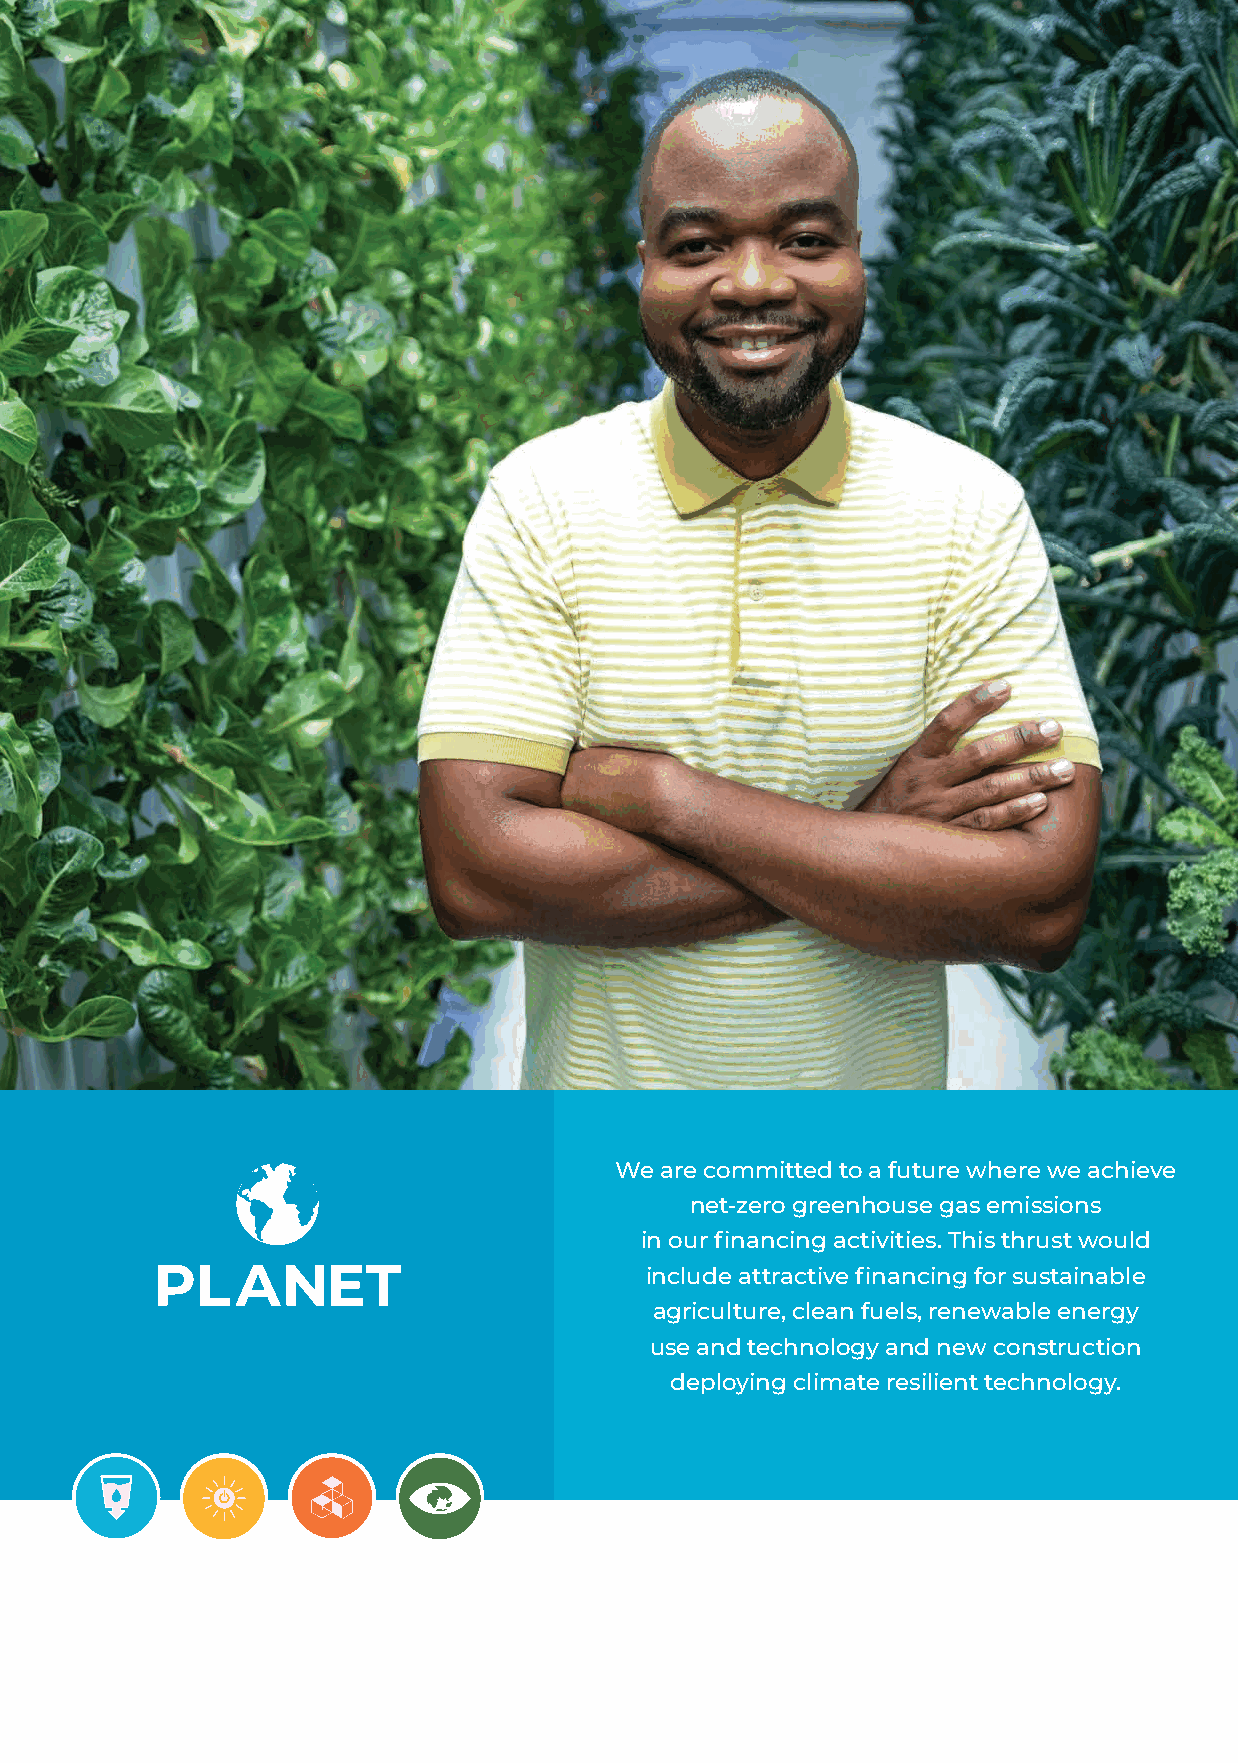
49
 We are committed to a future where we achieve
 net-zero greenhouse gas emissions
 in our financing activities. This thrust would
 PLANET                           include attractive financing for sustainable
 agriculture, clean fuels, renewable energy
 use and technology and new construction
 deploying climate resilient technology.